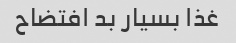
غذا بسیار بد افتضاح